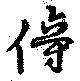
傍